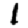
Digit: 1